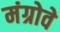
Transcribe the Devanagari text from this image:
मंग्रोवे